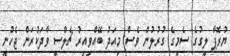
ޔުރޮޕާ ލީގުގެ ސެމީގެ ގުރުލުން ވެސް މިއަދު ބޭއްވިއިރު ޗެލްސީ ވާދަކުރަން ޖެހުނީ